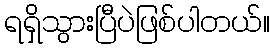
ရရှိသွားပြီပဲဖြစ်ပါတယ်။